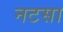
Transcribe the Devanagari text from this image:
नटसा